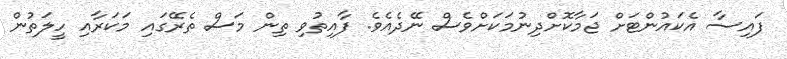
ފައިސާ އެކައުންޓަށް ޖަމާކޮށްދިނުމަކަށްވެސް ނޭދެއެވެ. ފާއިތުވި ތިން މަސް ތެރޭގައި މަކަރާއި ހީލަތުން